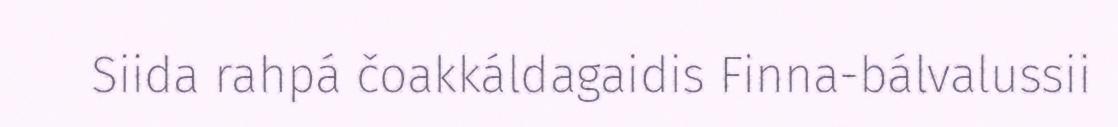
Siida rahpá čoakkáldagaidis Finna-bálvalussii